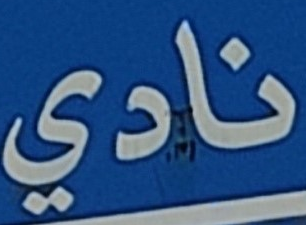
نادي